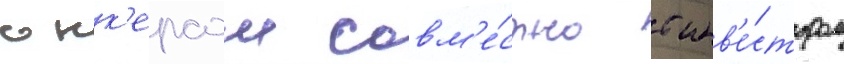
юнк'ерсом совм'е́стно с инв'е́стором